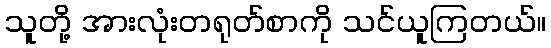
သူတို့ အားလုံးတရုတ်စာကို သင်ယူကြတယ်။